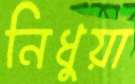
নিধুয়া